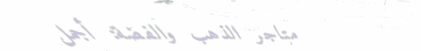
متاجر الذهب والفضة: أجمل